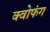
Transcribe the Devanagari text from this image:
क्वोफंग